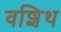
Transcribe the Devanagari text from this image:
वशिथ